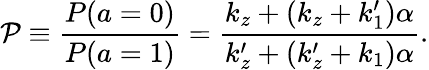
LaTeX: \mathcal{P}\equiv\frac{P(a=0)}{P(a=1)}=\frac{k_{z}+(k_{z}+k_{1}^{\prime})\alpha}{k_{z}^{\prime}+(k_{z}^{\prime}+k_{1})\alpha}.